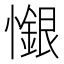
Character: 𢣩